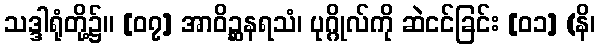
သဒ္ဒါရုံတို့၌။ [၀၇] အာဝိဉ္ဆနရသံ၊ ပုဂ္ဂိုလ်ကို ဆဲငင်ခြင်း [၀၁] (နိ၊